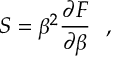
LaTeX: S = \beta ^ { 2 } { \frac { \partial F } { \partial \beta } } ~ ~ , ~ ~